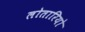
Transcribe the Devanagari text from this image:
लोतारियो